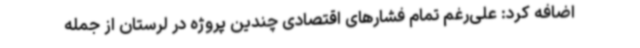
اضافه کرد: علی‌رغم تمام فشارهای اقتصادی چندین پروژه در لرستان از جمله